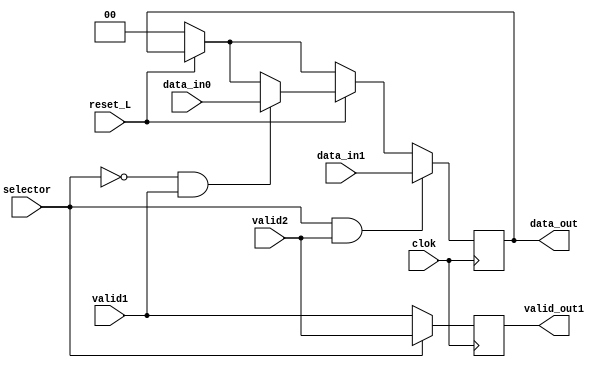
module Mux_Conductual_2x1_2bits (
	output reg	[1:0] data_out,
	output reg	valid_out1,
	input 		clok,
	input		valid1,
	input		valid2,
	input 		reset_L,	
	input 		selector,
	input 		[1:0] data_in0,
	input 		[1:0] data_in1);
	
	always @ (posedge clok) begin           //<<   >>
		
		if (reset_L==0) 
			data_out <= 0;
			
			
		if (reset_L==1)
			if ((selector == 0) & (valid1==1))
				data_out <= data_in0;
			if ((selector == 1) & (valid2==1))
				data_out <= data_in1;
		
		if (selector == 0)
			valid_out1 <= valid1;
		else
			valid_out1 <= valid2;
		
	end
	
endmodule